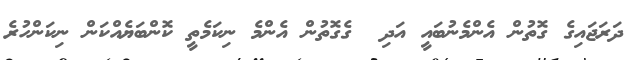
ދަރަޖައިގެ ގޮތުން އެންމެނުބައީ އަދި  ގެގޮތުން އެންމެ ނިކަމެތީ ކޮންބަޔެއްކަން ނިކަންހުރެ